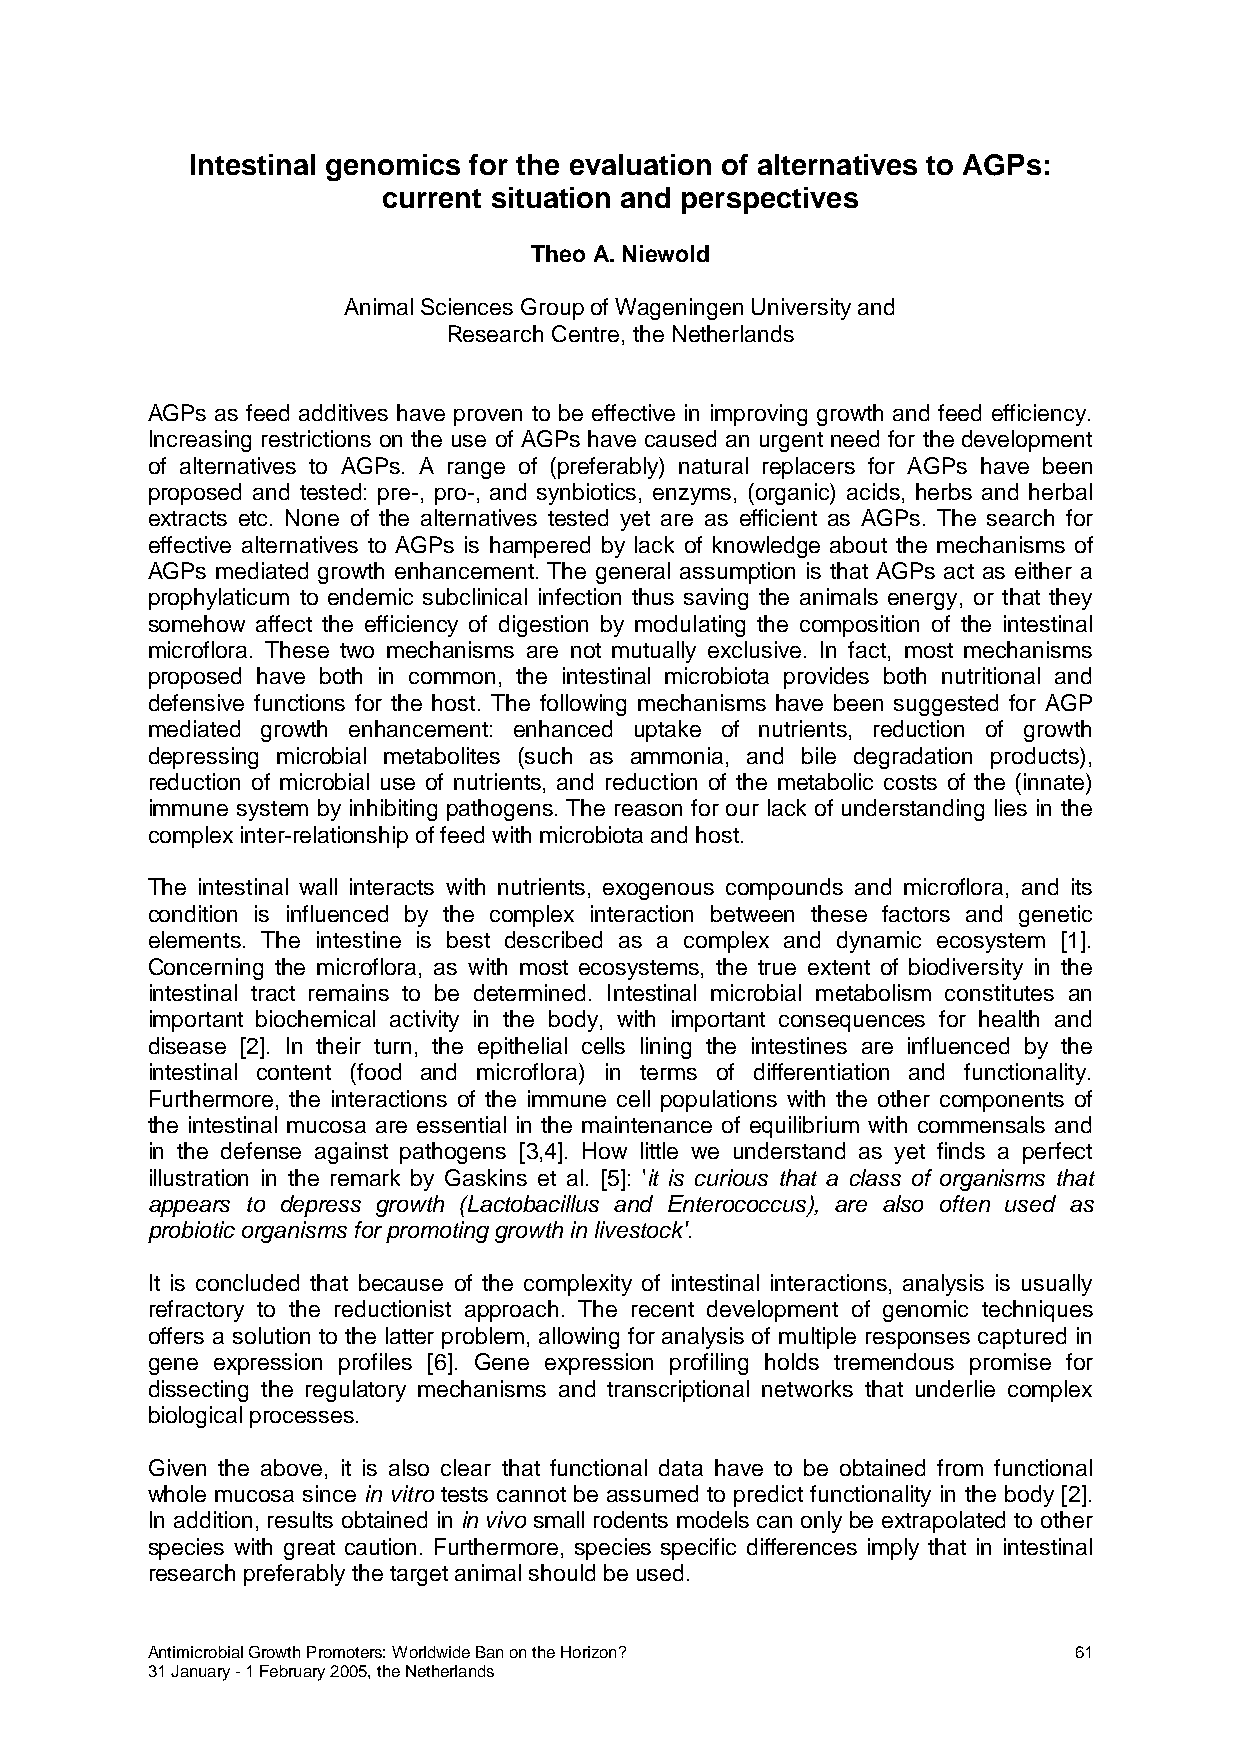
Intestinal genomics for the evaluation of alternatives to AGPs:
 current situation and perspectives
 Theo A. Niewold
 Animal Sciences Group of Wageningen University and
 Research Centre, the Netherlands
 AGPs as feed additives have proven to be effective in improving growth and feed efficiency.
 Increasing restrictions on the use of AGPs have caused an urgent need for the development
 of alternatives to AGPs. A range of (preferably) natural replacers for AGPs have been
 proposed and tested: pre-, pro-, and synbiotics, enzyms, (organic) acids, herbs and herbal
 extracts etc. None of the alternatives tested yet are as efficient as AGPs. The search for
 effective alternatives to AGPs is hampered by lack of knowledge about the mechanisms of
 AGPs mediated growth enhancement. The general assumption is that AGPs act as either a
 prophylaticum to endemic subclinical infection thus saving the animals energy, or that they
 somehow affect the efficiency of digestion by modulating the composition of the intestinal
 microflora. These two mechanisms are not mutually exclusive. In fact, most mechanisms
 proposed have both in common, the intestinal microbiota provides both nutritional and
 defensive functions for the host. The following mechanisms have been suggested for AGP
 mediated growth enhancement: enhanced uptake of nutrients, reduction of growth
 depressing microbial metabolites (such as ammonia, and bile degradation products),
 reduction of microbial use of nutrients, and reduction of the metabolic costs of the (innate)
 immune system by inhibiting pathogens. The reason for our lack of understanding lies in the
 complex inter-relationship of feed with microbiota and host.
 The intestinal wall interacts with nutrients, exogenous compounds and microflora, and its
 condition is influenced by the complex interaction between these factors and genetic
 elements. The intestine is best described as a complex and dynamic ecosystem [1].
 Concerning the microflora, as with most ecosystems, the true extent of biodiversity in the
 intestinal tract remains to be determined. Intestinal microbial metabolism constitutes an
 important biochemical activity in the body, with important consequences for health and
 disease [2]. In their turn, the epithelial cells lining the intestines are influenced by the
 intestinal content (food and microflora) in terms of differentiation and functionality.
 Furthermore, the interactions of the immune cell populations with the other components of
 the intestinal mucosa are essential in the maintenance of equilibrium with commensals and
 in the defense against pathogens [3,4]. How little we understand as yet finds a perfect
 illustration in the remark by Gaskins et al. [5]: 'it is curious that a class of organisms that
 appears to depress growth (Lactobacillus and Enterococcus), are also often used as
 probiotic organisms for promoting growth in livestock'.
 It is concluded that because of the complexity of intestinal interactions, analysis is usually
 refractory to the reductionist approach. The recent development of genomic techniques
 offers a solution to the latter problem, allowing for analysis of multiple responses captured in
 gene expression profiles [6]. Gene expression profiling holds tremendous promise for
 dissecting the regulatory mechanisms and transcriptional networks that underlie complex
 biological processes.
 Given the above, it is also clear that functional data have to be obtained from functional
 whole mucosa since in vitro tests cannot be assumed to predict functionality in the body [2].
 In addition, results obtained in in vivo small rodents models can only be extrapolated to other
 species with great caution. Furthermore, species specific differences imply that in intestinal
 research preferably the target animal should be used.
 Antimicrobial Growth Promoters: Worldwide Ban on the Horizon? 61
 31 January - 1 February 2005, the Netherlands